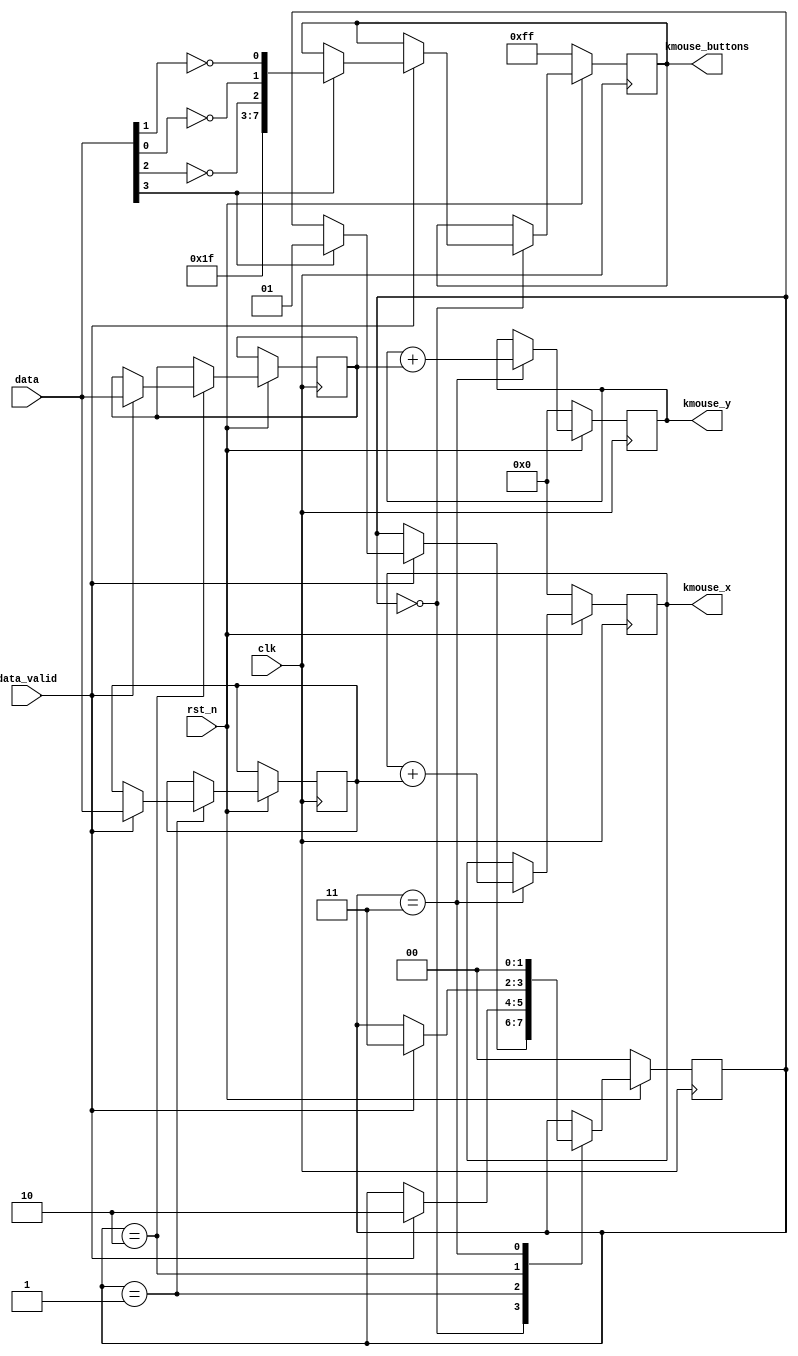
`timescale 1ns / 1ps
`default_nettype none

//    This file is part of the ZXUNO Spectrum core. 
//    Creation date is 18:52:22 2015-06-30 by Miguel Angel Rodriguez Jodar
//    (c)2014-2020 ZXUNO association.
//    ZXUNO official repository: http://svn.zxuno.com/svn/zxuno
//    Username: guest   Password: zxuno
//    Github repository for this core: https://github.com/mcleod-ideafix/zxuno_spectrum_core
//
//    ZXUNO Spectrum core is free software: you can redistribute it and/or modify
//    it under the terms of the GNU General Public License as published by
//    the Free Software Foundation, either version 3 of the License, or
//    (at your option) any later version.
//
//    ZXUNO Spectrum core is distributed in the hope that it will be useful,
//    but WITHOUT ANY WARRANTY; without even the implied warranty of
//    MERCHANTABILITY or FITNESS FOR A PARTICULAR PURPOSE.  See the
//    GNU General Public License for more details.
//
//    You should have received a copy of the GNU General Public License
//    along with the ZXUNO Spectrum core.  If not, see <https://www.gnu.org/licenses/>.
//
//    Any distributed copy of this file must keep this notice intact.

module ps2mouse_to_kmouse (
    input wire clk,
    input wire rst_n,
    input wire [7:0] data,
    input wire data_valid,
    output reg [7:0] kmouse_x,
    output reg [7:0] kmouse_y,
    output reg [7:0] kmouse_buttons
    );
    
    parameter FIRST_FRAME     = 2'd0,
              SECOND_FRAME    = 2'd1,
              THIRD_FRAME     = 2'd2,
              CALCULATE_NEWXY = 2'd3;
    
    initial begin
        kmouse_x = 8'h00;
        kmouse_y = 8'h00;
        kmouse_buttons = 8'hFF;
    end    
    
    reg [7:0] deltax, deltay;
    reg [1:0] state = FIRST_FRAME;
    
    always @(posedge clk) begin
        if (rst_n == 1'b0) begin
            kmouse_x <= 8'h00;
            kmouse_y <= 8'h00;
            kmouse_buttons <= 8'hFF;
            state <= FIRST_FRAME;
        end
        else begin
            case (state)
                FIRST_FRAME: 
                    if (data_valid == 1'b1) begin
                        if (data[3] == 1'b1) begin
                            kmouse_buttons <= {5'b11111,~data[2],~data[0],~data[1]};
                            state <= SECOND_FRAME;                            
                        end
                    end
                SECOND_FRAME:
                    if (data_valid == 1'b1) begin
                        deltax <= data;
                        state <= THIRD_FRAME;
                    end
                THIRD_FRAME:
                    if (data_valid == 1'b1) begin
                        deltay <= data;
                        state <= CALCULATE_NEWXY;
                    end
                CALCULATE_NEWXY:
                    begin
                        kmouse_x <= kmouse_x + deltax;
                        kmouse_y <= kmouse_y + deltay;
                        state <= FIRST_FRAME;
                    end
            endcase
        end
    end
endmodule